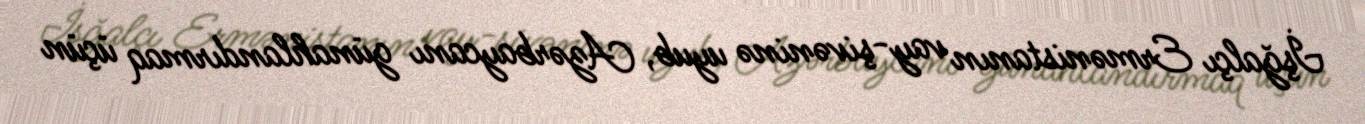
İşğalçı Ermənistanın vay-şivəninə uyub, Azərbaycanı günahlandırmaq üçün